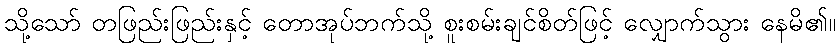
သို့သော် တဖြည်းဖြည်းနှင့် တောအုပ်ဘက်သို့ စူးစမ်းချင်စိတ်ဖြင့် လျှောက်သွား နေမိ၏။